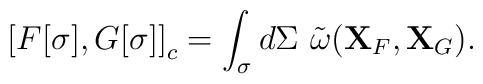
\left[ {F[\sigma],G[\sigma]} \right]_c=\int_{\sigma} {d\Sigma \ \tilde \omega ({\bf X}_F,{\bf X}_G)}.